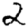
Digit: 2